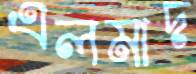
এলমাদ